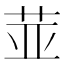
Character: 𱽛